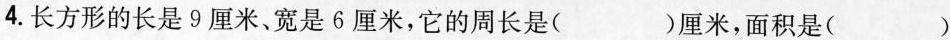
4.长方形的长是9厘米、宽是6厘米，它的周长是( )厘米，面积是( )